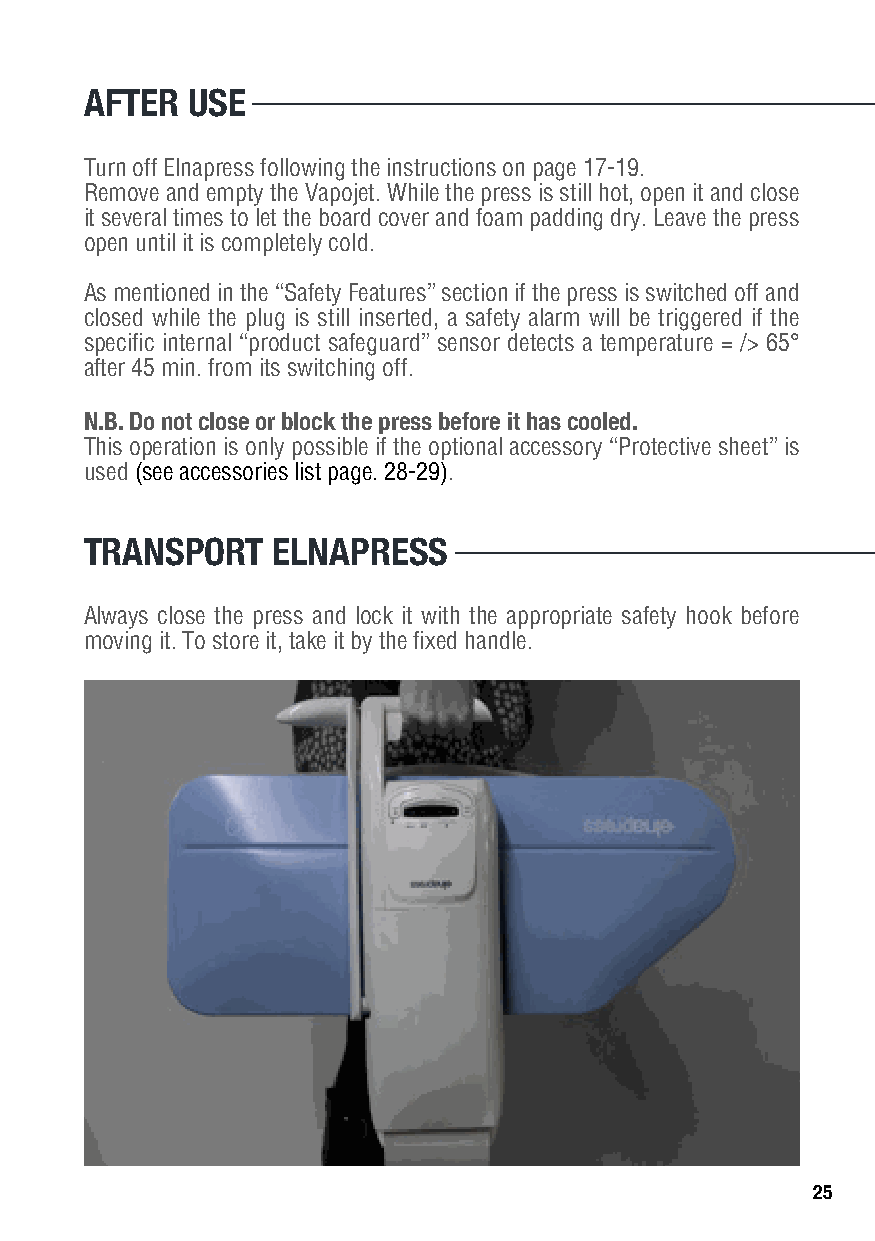
AFTER USE
 Turn off Elnapress following the instructions on page 17-19.
 Remove and empty the Vapojet. While the press is still hot, open it and close
 it several times to let the board cover and foam padding dry. Leave the press
 open until it is completely cold.
 As mentioned in the “Safety Features” section if the press is switched off and
 closed while the plug is still inserted, a safety alarm will be triggered if the
 specific internal “product safeguard” sensor detects a temperature = /> 65°
 after 45 min. from its switching off.
 N.B. Do not close or block the press before it has cooled.
 This operation is only possible if the optional accessory “Protective sheet” is
 used (see accessories list page. 28-29).
 TRANSPORT   ELNAPRESS
 Always close the press and lock it with the appropriate safety hook before
 moving it. To store it, take it by the fixed handle.
 25